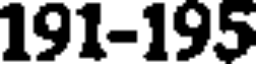
191-195